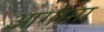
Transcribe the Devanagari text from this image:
आगोमा